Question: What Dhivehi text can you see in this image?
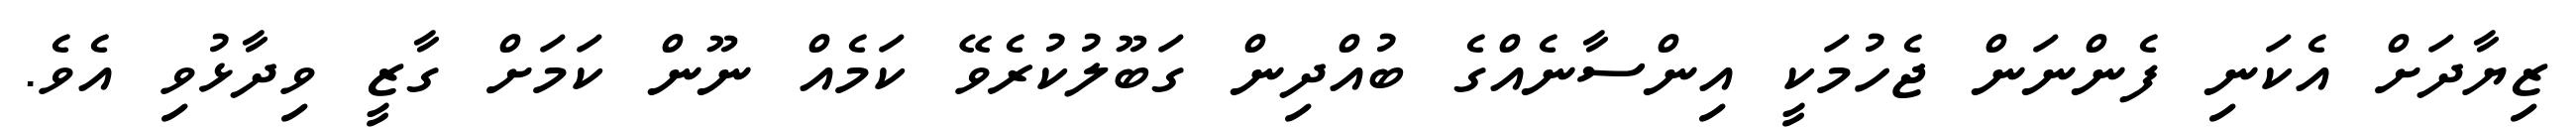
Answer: ޒިޔާދަށް އެކަނި ފެންނަން ޖެހުމަކީ އިންސާނެއްގެ ބުއްދިން ގަބޫލުކުރެވޭ ކަމެއް ނޫން ކަމަށް ގާޒީ ވިދާޅުވި އެވެ.